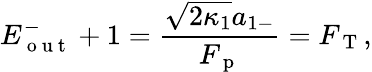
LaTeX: E_{\mathrm{~o~u~t~}}^{-}+1=\frac{\sqrt{2\kappa_{1}}a_{1-}}{F_{\mathrm{~p~}}}=F_{\mathrm{~T~}},